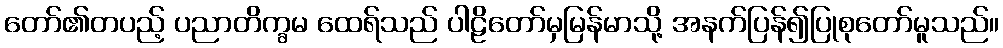
တော်၏တပည့် ပညာတိက္ခမ ထေရ်သည် ပါဠိတော်မှမြန်မာသို့ အနက်ပြန်၍ပြုစုတော်မူသည်။